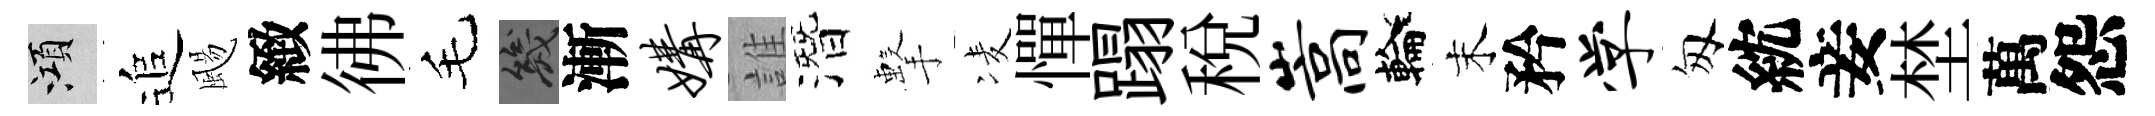
澒追颺緻彿毛幾漸媾誰潛擊凌憚蹋稅嵩輪末矜学匆紞妾埜萬怨